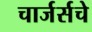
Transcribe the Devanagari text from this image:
चार्जर्सचे